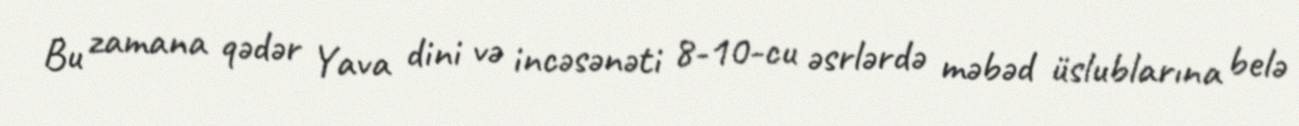
Bu zamana qədər Yava dini və incəsənəti 8-10-cu əsrlərdə məbəd üslublarına belə